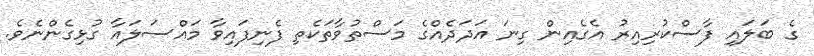
ގެ ބަލައި ފާސްކުރިއިރު އެގެއިން ގިނަ އަދަދެއްގެ މަސްތުވާތަކެތި ފެނިފައިވާ މައްސަލައާ ގުޅިގެންނެވެ.